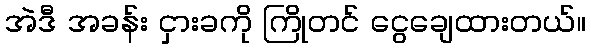
အဲဒီ အခန်း ငှားခကို ကြိုတင် ငွေချေထားတယ်။